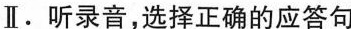
Ⅱ. 听录音,选择正确的应答句